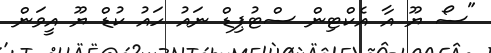
"ސޯ ޔޫ އާ އެކްޓިން ސްޓުޕިޑް ނައު ހައު ކުޑް ޔޫ އީވަން